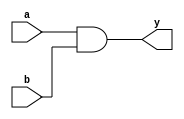
module combinational_logic (
    input wire a,         // First input
    input wire b,         // Second input
    output reg y         // Output
);

// Always block to model combinational logic
always @ (a, b) begin
    // Combinational logic expression
    y = a & b;           // Example: AND operation
end

endmodule